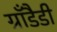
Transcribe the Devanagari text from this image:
ग्राँडैडी